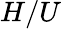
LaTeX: H/U